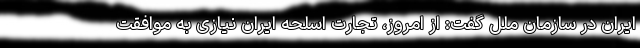
ایران در سازمان ملل گفت: از امروز، تجارت اسلحه ایران نیازی به موافقت